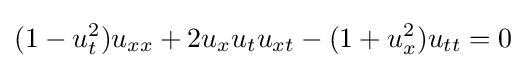
\displaystyle (1-u_{t}^{2})u_{xx}+2u_{x}u_{t}u_{xt}-(1+u_{x}^{2})u_{tt}=0